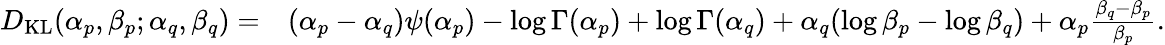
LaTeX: {\begin{array}{rl}{D_{\mathrm{KL}}(\alpha_{p},\beta_{p};\alpha_{q},\beta_{q})=}&{(\alpha_{p}-\alpha_{q})\psi(\alpha_{p})-\log\Gamma(\alpha_{p})+\log\Gamma(\alpha_{q})+\alpha_{q}(\log\beta_{p}-\log\beta_{q})+\alpha_{p}{\frac{\beta_{q}-\beta_{p}}{\beta_{p}}}.}\end{array}}